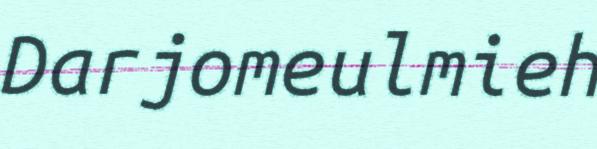
Darjomeulmieh